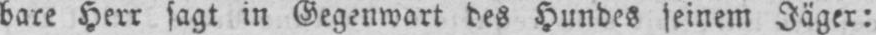
bare Herr sagt in Gegenwart des Hundes seinem Jäger: